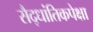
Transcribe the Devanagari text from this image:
सैद्धांतिकपेक्षा